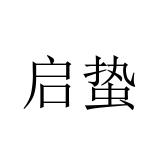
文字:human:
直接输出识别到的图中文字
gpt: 启蛰